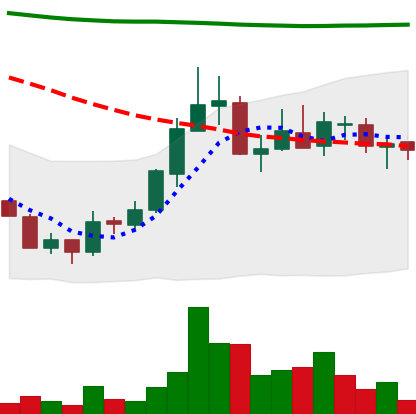
Ticker: ADA-USD
Chart end date: 2018-07-28
Forward return: -19.243%
Label: down_7plus